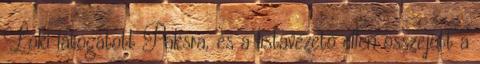
Loki látogatott Paksra, és a listavezető ellen összejött a